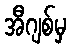
အီဂျစ်မှ